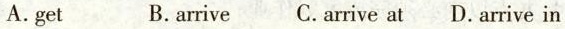
A.get B.arrive C.arrive at D.arrive in